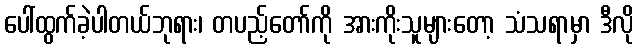
ပေါ်ထွက်ခဲ့ပါတယ်ဘုရား၊ တပည့်တော်ကို အားကိုးသူများတော့ သံသရာမှာ ဒီလို